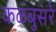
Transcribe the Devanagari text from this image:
कळंबुसरे